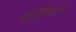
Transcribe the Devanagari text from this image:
परिसियान